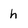
Character: h